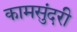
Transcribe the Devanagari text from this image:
कामसुंदरी